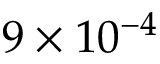
9 \times 1 0 ^ { - 4 }